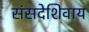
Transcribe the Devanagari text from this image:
संसदेशिवाय